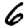
Digit: 6